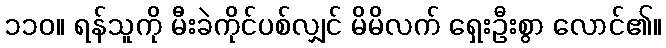
၁၁၀။ ရန်သူကို မီးခဲကိုင်ပစ်လျှင် မိမိလက် ရှေးဦးစွာ လောင်၏။